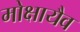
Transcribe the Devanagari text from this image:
मोक्षायैव